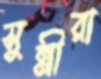
সুন্নীরা